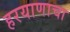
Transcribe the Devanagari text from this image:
हरयाणाचा